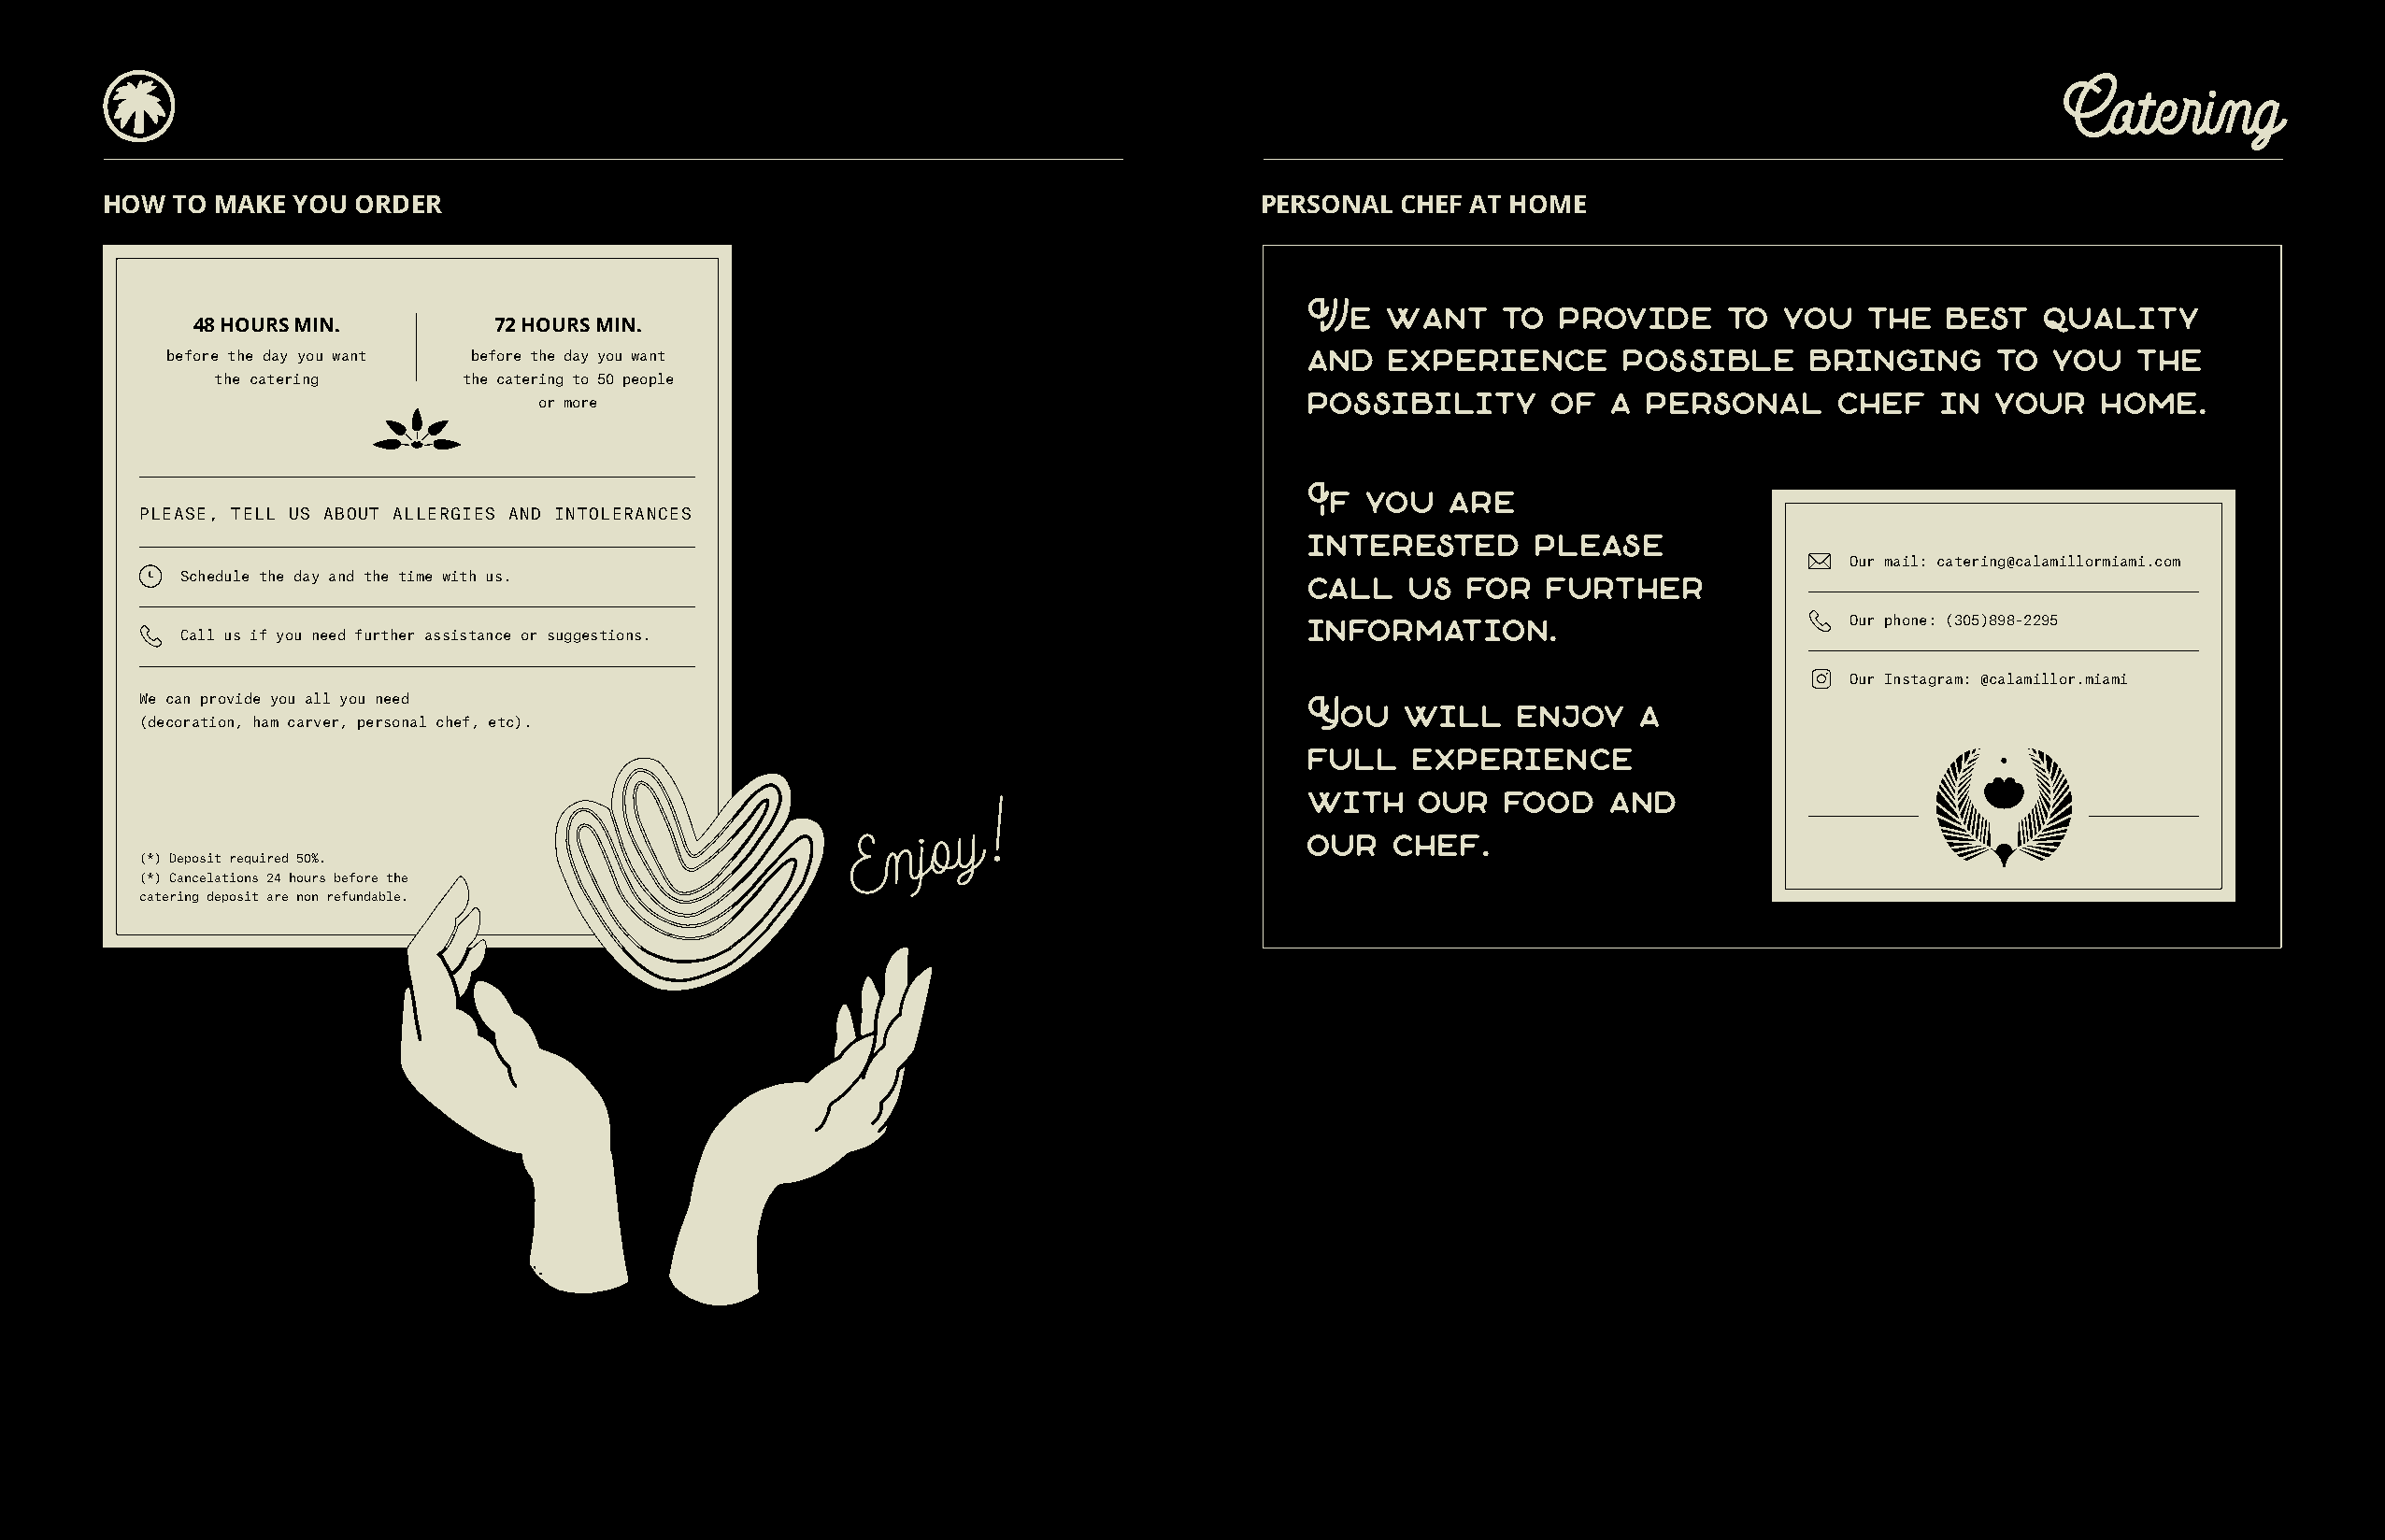
Catering
 HOW  TO MAKE  YOU ORDER                                                           PERSONAL  CHEF AT HOME
 We   want     to  provide    to  you   the   best   quality
 48 HOURS MIN.        72 HOURS MIN.
 and  experience       possible     bringing      to  you  the
 before the day you want before the day you want
 the catering      the catering to 50 people
 possibility      of  a  personal     chef    in your    home.
 or more
 If  you   are
 PLEASE, TELL US ABOUT ALLERGIES AND INTOLERANCES
 interested      please
 Our mail: catering@calamillormiami.com
 Schedule the day and the time with us.                                          call   us  for   further
 information.                          Our phone: (305)898-2295
 Call us if you need further assistance or suggestions.
 Our Instagram: @calamillor.miami
 We can provide you all you need                                                    You   will    enjoy    a
 (decoration, ham carver, personal chef, etc).
 full   experience
 with    our   food   and
 o y
 !
 E n j                           our   chef.
 (*) Deposit required 50%.
 (*) Cancelations 24 hours before the
 catering deposit are non refundable.